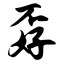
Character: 孬